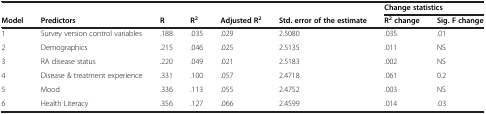
|  |  |  |  |  |  | <COLSPAN=2> Change statistics |
 | Model | Predictors | R | R2 | Adjusted R2 | Std. error of the estimate | R2 change | Sig. F change |
 | --- | --- | --- | --- | --- | --- | --- | --- |
 | 1 | Survey version control variables | .188 | .035 | .029 | 2.5080 | .035 | .01 |
 | 2 | Demographics | .215 | .046 | .025 | 2.5135 | .011 | NS |
 | 3 | RA disease status | .220 | .049 | .021 | 2.5183 | .002 | NS |
 | 4 | Disease & treatment experience | .331 | .100 | .057 | 2.4718 | .061 | 0.2 |
 | 5 | Mood | .336 | .113 | .055 | 2.4752 | .003 | NS |
 | 6 | Health Literacy | .356 | .127 | .066 | 2.4599 | .014 | .03 |